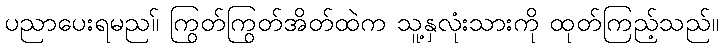
ပညာပေးရမည။် ကြွတ်ကြွတ်အိတ်ထဲက သူ့နှလုံးသားကို ထုတ်ကြည့်သည်။